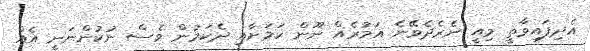
އެދިފައިވާތީ މިއީ ނެރެދެވޭނެ އަމުރެއް ނޫން ކަމަށާއި ދެކަމުން ވެސް ނުކުންނަނީ އެއް